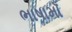
ભાષામાઁ